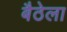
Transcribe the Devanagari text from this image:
बैठेला